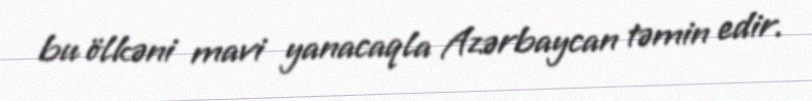
bu ölkəni mavi yanacaqla Azərbaycan təmin edir.